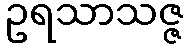
ဥရသာသဇ္ဇ